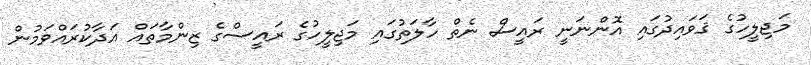
މަޖިލީހުގެ ޤަވައިދުގައި އޮންނަނީ ރައީސް ނެތް ހާލަތުގައި މަޖިލީހުގެ ރައީސްގެ ޒިންމާތައްް އަދާކުރައްވަމުން